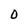
Character: 0